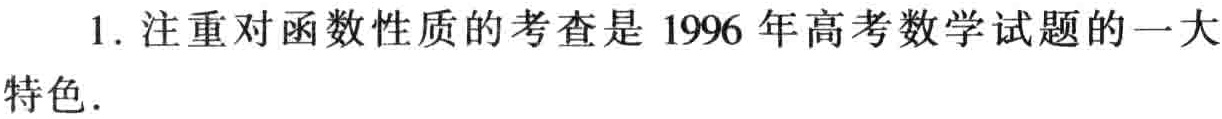
1. 注重对函数性质的考查是 1996 年高考数学试题的一大特色.